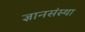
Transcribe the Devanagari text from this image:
ज्ञानसंस्था